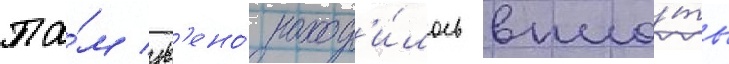
Та́м зв'ено́ наход'и́лось впло́ть